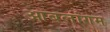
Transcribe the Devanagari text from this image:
आबलांगम